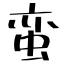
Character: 蛮